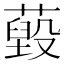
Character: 𦽐